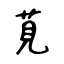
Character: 莧